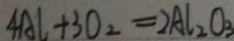
4 A l + 3 O _ { 2 } = 2 A l _ { 2 } O _ { 3 }